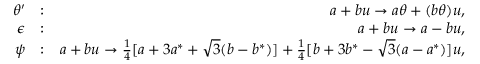
\begin{array} { r l r } { \theta ^ { \prime } } & { : } & { a + b u \rightarrow a \theta + ( b \theta ) u , } \\ { \epsilon } & { : } & { a + b u \rightarrow a - b u , } \\ { \psi } & { : } & { a + b u \rightarrow \frac { 1 } { 4 } [ a + 3 a ^ { * } + \sqrt { 3 } ( b - b ^ { * } ) ] + \frac { 1 } { 4 } [ b + 3 b ^ { * } - \sqrt { 3 } ( a - a ^ { * } ) ] u , } \end{array}